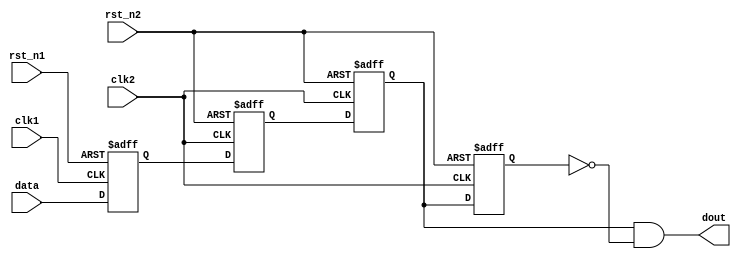
`timescale 1ns / 1ps 
//****************************************VSCODE PLUG-IN**********************************// 
//---------------------------------------------------------------------------------------- 
// IDE :                   VSCODE      
// VSCODE plug-in version: Verilog-Hdl-Format-1.5.20240322
// VSCODE plug-in author : Jiang Percy 
//---------------------------------------------------------------------------------------- 
//****************************************Copyright (c)***********************************// 
// Copyright(C)            COMPANY_NAME
// All rights reserved      
// File name:               
// Last modified Date:     2024/03/24 09:22:38 
// Last Version:           V1.0 
// Descriptions:            
//---------------------------------------------------------------------------------------- 
// Created date:           2024/03/24 09:22:38 
// Version:                V1.0 
// TEXT NAME:              edge_sync.v 
// PATH:                   D:\Allcodes\v\edge_sync\edge_sync.v 
// Descriptions:            
//                          
//---------------------------------------------------------------------------------------- 
//****************************************************************************************// 

module edge_sync(
    input                               clk1                       ,
    input clk2,
    input                               rst_n1,
    input rst_n2,
    input data,
    output dout                    
);  
    reg din,d1,d2,d3;
    always @(posedge clk1 or negedge rst_n1)           
        begin                                        
            if(!rst_n1)                               
                din <= 0;                                                                 
            else 
                din <= data;                                    
        end                                                                                   
    always @(posedge clk2 or negedge rst_n2)           
        begin                                        
            if(!rst_n2) begin
                d1 <= 0;
                d2 <= 0;
                d3 <= 0;
            end                                                                                                                 
            else begin
                d1 <= din;
                d2 <= d1;
                d3 <= d2;
            end                                    
        end  
    assign dout = d2 & !d3;                                                                                                           
endmodule